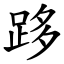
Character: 跢